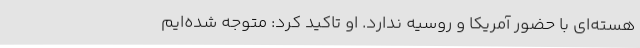
هسته‌ای با حضور آمریکا و روسیه ندارد. او تاکید کرد: متوجه شده‌ایم